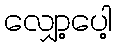
လျှော့ပေါ့